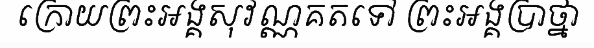
ក្រោយព្រះអង្គសុវណ្ណគតទៅ ព្រះអង្គប្រាថ្នា